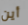
أين